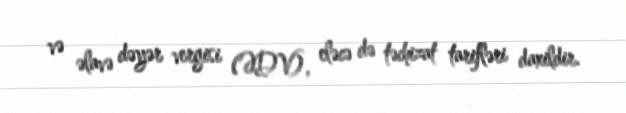
və əlavə dəyər vergisi (ƏDV), eləcə də təchizat tarifləri daxildir.